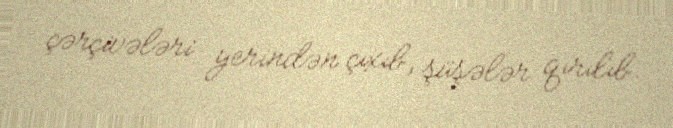
çərçivələri yerindən çıxıb, şüşələr qırılıb.